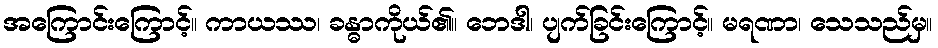
အကြောင်းကြောင့်။ ကာယဿ၊ ခန္ဓာကိုယ်၏။ ဘေဒါ၊ ပျက်ခြင်းကြောင့်။ မရဏာ၊ သေသည်မှ။